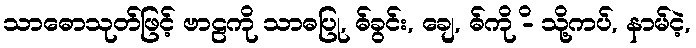
သာဓောသုတ်ဖြင့် ဗာဠကို သာဓပြု, ဓ်ခွင်း, ချေ, ဓ်ကို -ိ သို့ကပ်, နာမ်ငဲ့,